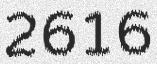
2616